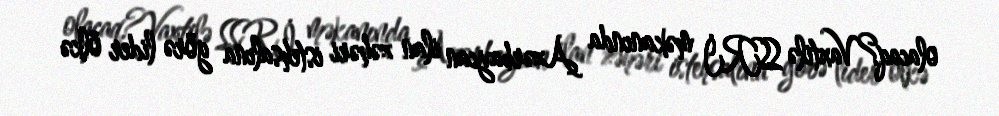
olacaq?Vaxtilə SSRİ məkanında Azərbaycan ilan zəhəri istehsalına görə lider ölkə